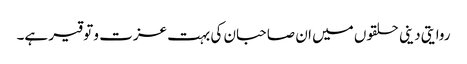
روایتی دینی حلقوں میں ان صاحبان کی بہت عزت و توقیر ہے۔